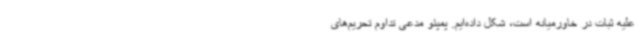
علیه ثبات در خاورمیانه است، شکل داده‌ایم. پمپئو مدعی تداوم تحریم‌های